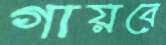
গায়বে